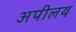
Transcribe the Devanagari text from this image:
अपीलय